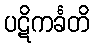
ပဋိကင်္ခတိ